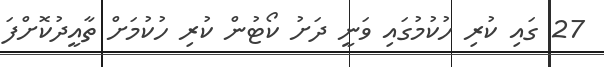
27 ގައި ކުރި ހުކުމުގައި ވަނީ ދަށު ކޯޓުން ކުރި ހުކުމަށް ތާއީދުކޮށްފަ